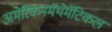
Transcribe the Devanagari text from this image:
अमेरिकनमॅथेमॅटिकल